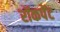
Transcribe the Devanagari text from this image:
रॉकपेंट